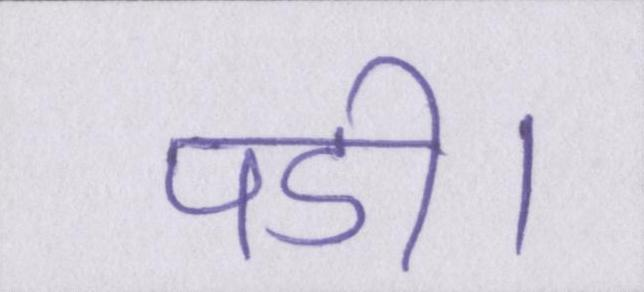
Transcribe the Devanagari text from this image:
पडी।